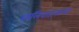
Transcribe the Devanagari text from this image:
शालिवाहनाला